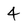
Character: 4